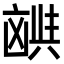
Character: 𫥪